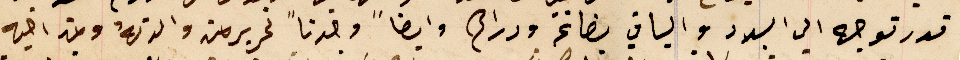
قدر توجه الى البلاد والباقي بضاعة ودراهم وايضاً وجدناً تحرير من والدتهُ ومن اخيه